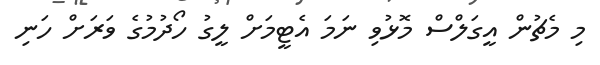
މި މެޗުން އީގަލްސް މޮޅުވި ނަމަ އެޓީމަށް ލީގު ހޯދުމުގެ ވަރަށް ހަނި